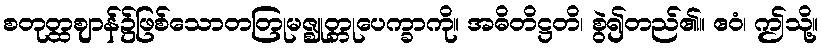
စတုတ္ထဈာန်၌ဖြစ်သောတတြုမဇ္ဈုတ္တုပေက္ခာကို။ အဓိတိဋ္ဌတိ၊ စွဲ၍တည်၏။ ဧဝံ၊ ဤသို့။